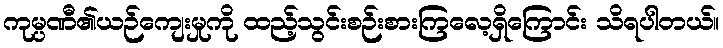
ကုမ္ပဏီ၏ယဉ်ကျေးမှုကို ထည့်သွင်းစဉ်းစားကြလေ့ရှိကြောင်း သိရပါတယ်။